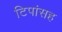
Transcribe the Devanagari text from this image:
टिपांसह